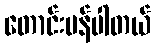
တောင်းပန်ပါတယ်